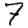
Digit: 7